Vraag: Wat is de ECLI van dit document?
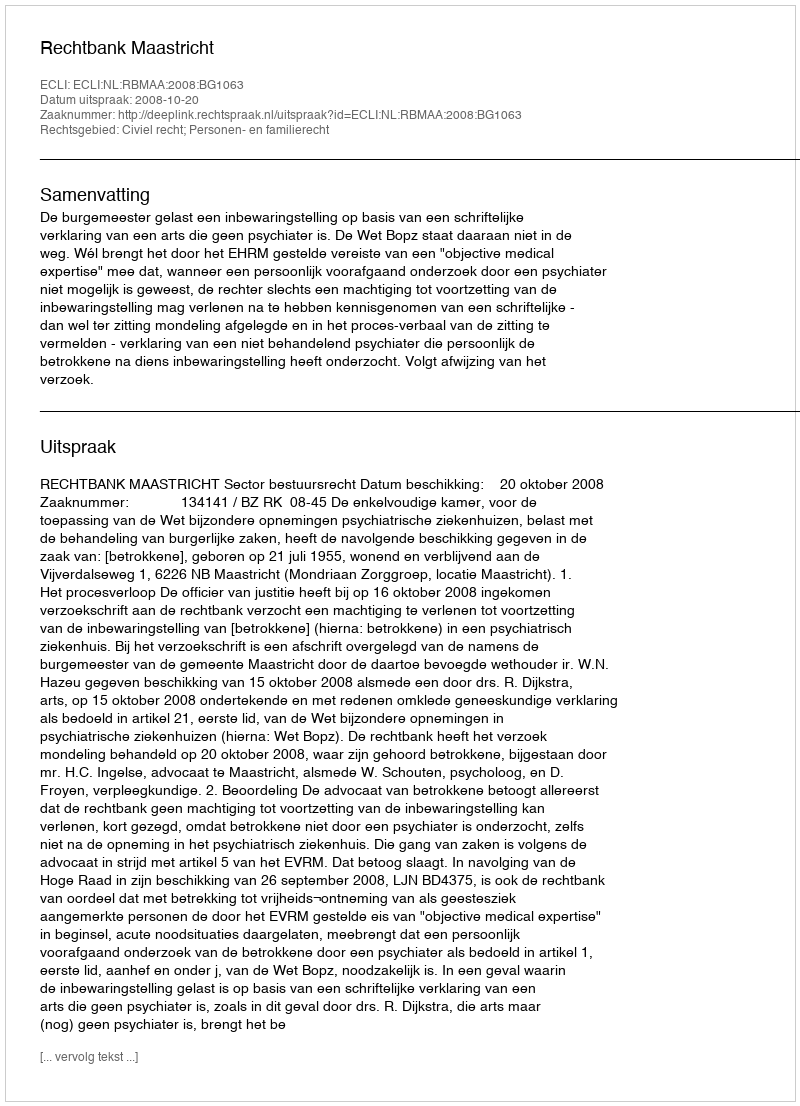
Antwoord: ECLI:NL:RBMAA:2008:BG1063